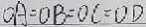
O A = O B = O C = O D